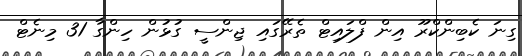
ގިނަ ކެބިންކްރޫ އިން ފްލައިޓް ތެރޭގައި ޖިންސީ ގުޅުން ހިންގާ 31 މިނެޓް